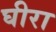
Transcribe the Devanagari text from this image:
घीरा